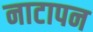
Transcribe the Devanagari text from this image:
नाटापन